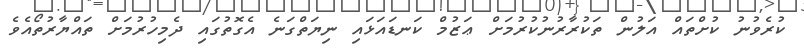
ކުރެވުނު ކުށްތައް އަލުން ތަކުރާރުނުކުރުމަށް ޢަޒުމް ކަނޑައަޅައި ނިޔަތްގަނެ އެގޮތުގައި ދެމިހުރުމަށް ތައްޔާރުތޯއެވެ